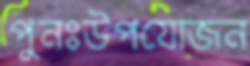
পুনঃউপযোজন